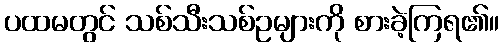
ပထမတွင် သစ်သီးသစ်ဥများကို စားခဲ့ကြရ၏။